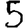
Digit: 5